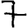
Digit: 7